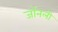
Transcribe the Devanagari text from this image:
जॉनली